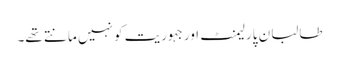
طالبان پارلیمنٹ اور جہوریت کو نہیں مانتے تھے۔